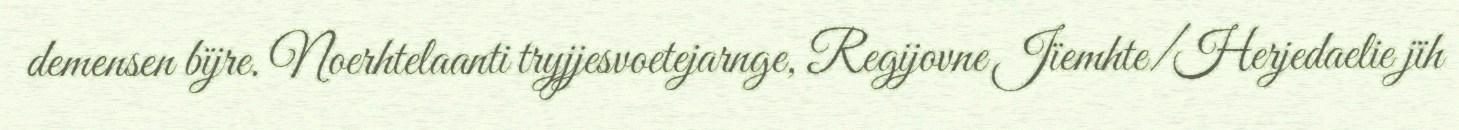
demensen bïjre. Noerhtelaanti tryjjesvoetejarnge, Regijovne Jïemhte/Herjedaelie jïh